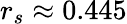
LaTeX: r_{s}\approx 0.445